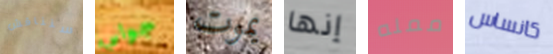
سنناقش جوالي يموت إنها ممله كانساس